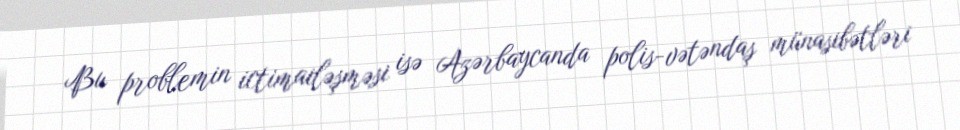
Bu problemin ictimailəşməsi isə Azərbaycanda polis-vətəndaş münasibətləri